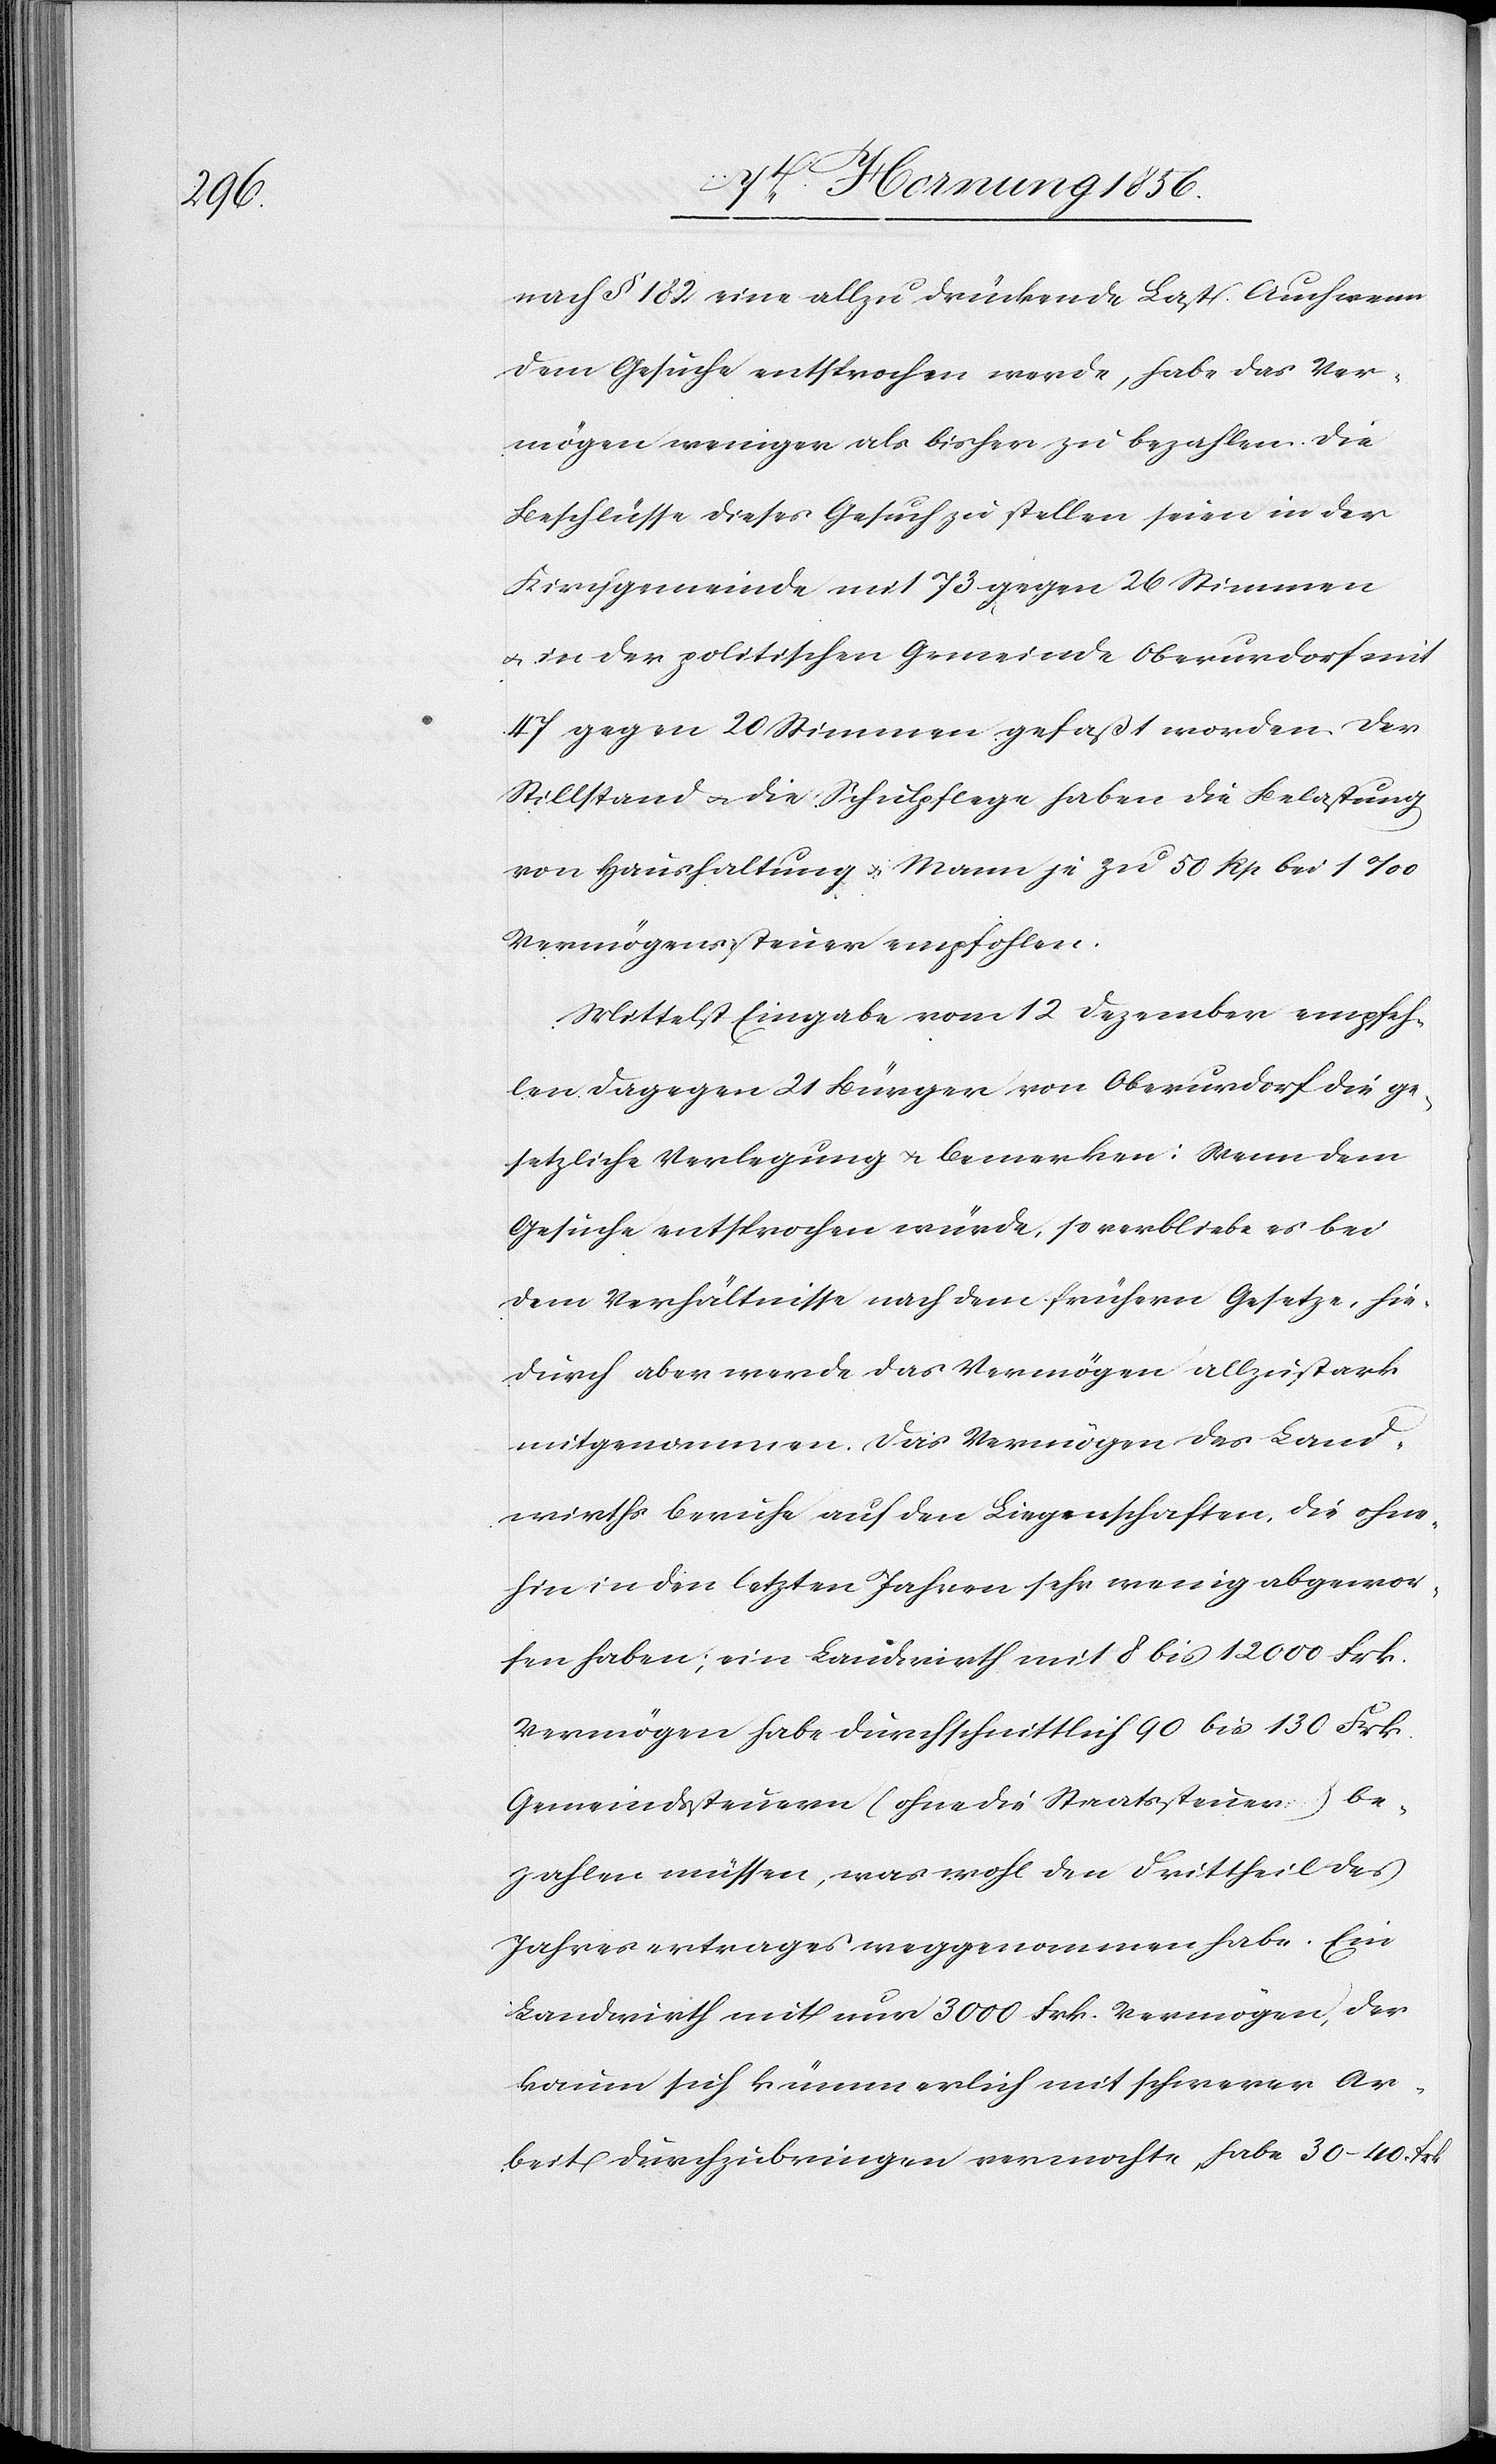
nach § 182 eine allzu drückende Last. Auch wenn
dem Gesuche entsprochen werde, habe das Ver¬
mögen weniger als bisher zu bezahlen. Die
Beschlüsse dieses Gesuch zu stellen seien in der
Kirchgemeinde mit 73 gegen 26 Stimmen
u. in der politischen Gemeinde Oberurdorf mit
47 gegen 20 Stimmen gefaßt worden. Der
Stillstand u. die Schulpflege haben die Belastung
von Haushaltung u. Mann je zu 50 Rp bei 1‰
Vermögenssteuer empfohlen.
Mittelst Eingabe vom 12 Dezember empfeh¬
len dagegen 21 Bürger von Oberurdorf die ge¬
setzliche Verlegung u. bemerken: Wenn dem
Gesuche entsprochen würde, so verbliebe es bei
dem Verhältnisse nach dem frühern Gesetze, hie¬
durch aber werde das Vermögen allzustark
mitgenommen. Das Vermögen des Land¬
wirths beruhe auf den Liegenschaften, die ohne¬
hin in den letzten Jahren sehr wenig abgewor¬
fen haben; ein Landwirth mit 8 bis 130 Frk.
Vermögen habe durchschnittlich 90 bis 130 Frk.
Gemeindssteuern (ohne die Staatssteuer) be¬
zahlen müssen, was wohl den Drittheil des
Jahresertrages weggenommen habe. Ein
Landwirth mit nur 3000 Frk. Vermögen, der
kaum sich kümmerlich mit schwerer Ar¬
beit durchzubringen vermochte, habe 30–40 Frk.